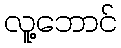
လူ့ဘောင်